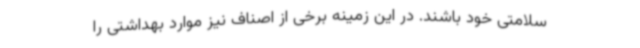
سلامتی خود باشند. در این زمینه برخی از اصناف نیز موارد بهداشتی را